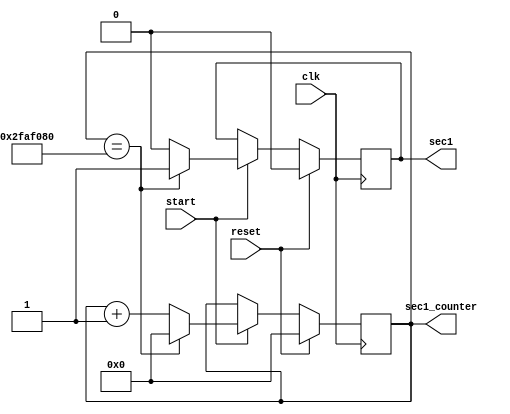
`timescale 1ns / 1ps
//////////////////////////////////////////////////////////////////////////////////
// Company: 
// Engineer: 
// 
// Design Name: 
// Module Name:    pulse1sec 
// Project Name: 
// Target Devices: 
// Tool versions: 
// Description: 
//
// Dependencies: 
//
// Revision: 
// Revision 0.01 - File Created
// Additional Comments: 
//
//////////////////////////////////////////////////////////////////////////////////
module pulse1sec(
	clk,
	reset,
	start,
	sec1,
	sec1_counter 
  );
  
	input	clk;
	input	reset;
	input	start;
	output reg	sec1;
	output reg	[31:0]	sec1_counter;
	
	//10M debug
	//parameter	[31:0]	param_1second = 32'h989680;
	
	//50M
	parameter	[31:0]	param_1second = 32'h2FAF080;


	always @(posedge clk)
		begin
		if (reset) begin
			sec1_counter <= 32'b0;
			sec1         <= 1'b0;
			end else begin
				if (start) begin
					if (sec1_counter == param_1second) begin
						sec1_counter <= 32'b0;
						sec1         <= 1'b1;
					end else begin
						sec1_counter <= sec1_counter + 1;
						sec1         <= 1'b0;
					end
				end
			end
		end

endmodule